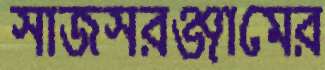
সাজসরঞ্জামের